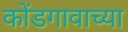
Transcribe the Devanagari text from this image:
कोंडगावाच्या